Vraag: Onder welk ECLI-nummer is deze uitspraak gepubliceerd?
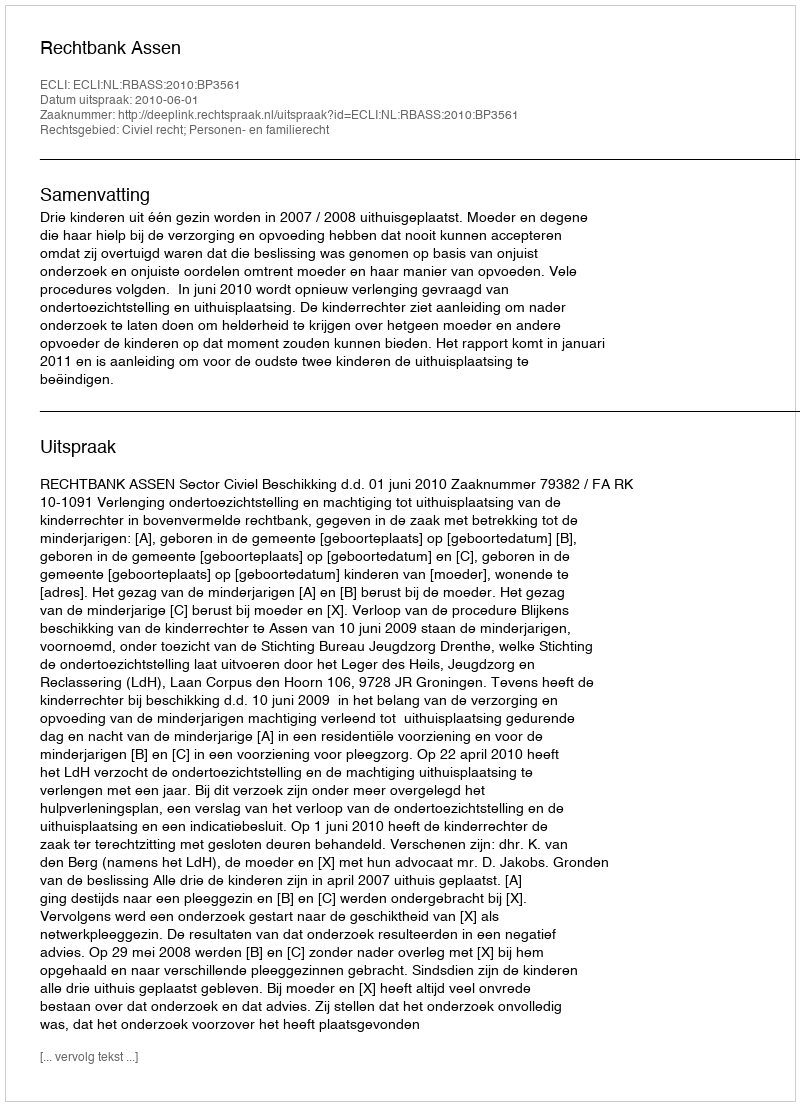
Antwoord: ECLI:NL:RBASS:2010:BP3561